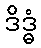
ဒိဒ္ဓံ